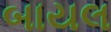
બાયલ